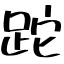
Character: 跎